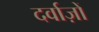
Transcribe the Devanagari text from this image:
दर्वाज़ों